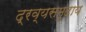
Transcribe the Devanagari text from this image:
द्रव्यसमुदाय